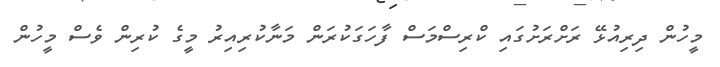
މީހުން ދިރިއުޅޭ ރަށްރަށުގައި ކްރިސްމަސް ފާހަގަކުރަން މަނާކުރިއިރު މީގެ ކުރިން ވެސް މީހުން